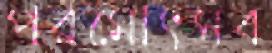
পরমোৎসব